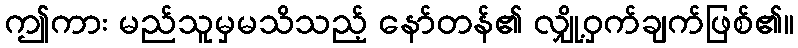
ဤကား မည်သူမှမသိသည့် နော်တန်၏ လျှို့ဝှက်ချက်ဖြစ်၏။